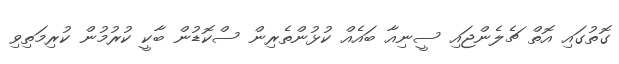
ގޮތުގައި އޮތް ޗެލެންޖައި ސީނިއާ ބައެއް ކުޅުންތެރިން ސްކޮޑުން ބާކީ ކުރުމުން ކުރިމަތިވި